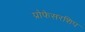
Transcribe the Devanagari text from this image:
प्रोफेसरशिप